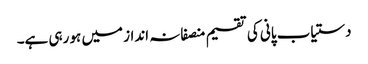
دستیاب پانی کی تقسیم منصفانہ انداز میں ہو رہی ہے۔